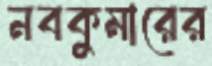
নবকুমারের